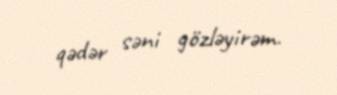
qədər səni gözləyirəm.